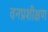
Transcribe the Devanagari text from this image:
वनप्रशीक्षण